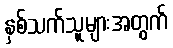
နှစ်သက်သူများအတွက်